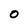
Character: 0